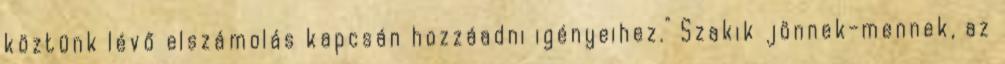
köztünk lévő elszámolás kapcsán hozzáadni igényeihez." Szakik jönnek-mennek, az